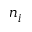
n _ { i }